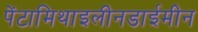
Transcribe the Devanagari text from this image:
पेंटामिथाइलीनडाईमीन